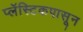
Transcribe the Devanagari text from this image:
प्लॅस्टिकपासून